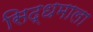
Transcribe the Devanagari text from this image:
सिद्धमाला